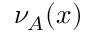
\nu _ { A } ( x )